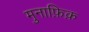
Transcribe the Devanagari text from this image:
मुनाफ़िक़